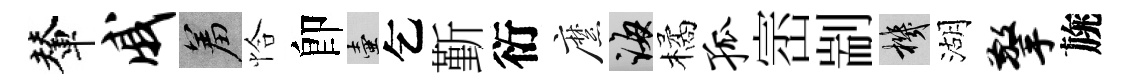
輦戚羞恰卽壺乞斳衍縻誨橘孤崈剬機湖擎旐